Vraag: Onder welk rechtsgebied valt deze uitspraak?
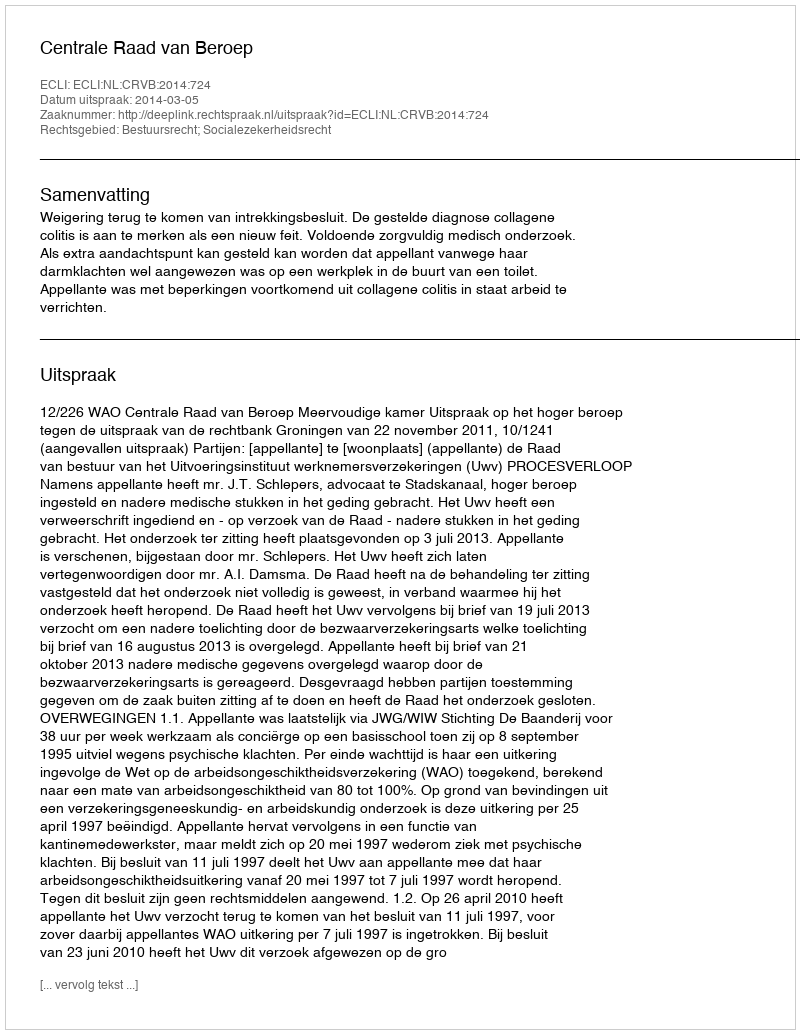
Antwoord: Bestuursrecht; Socialezekerheidsrecht